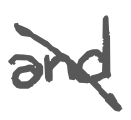
Text: and
Cross-out: diagonal
Writing tool: digital_gray